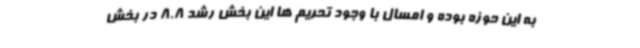
به این حوزه بوده و امسال با وجود تحریم ها این بخش رشد 8.8 در بخش